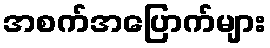
အစက်အပြောက်များ